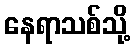
နေရာသစ်သို့